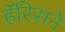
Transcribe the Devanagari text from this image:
हॅरिसने